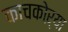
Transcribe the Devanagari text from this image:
काचकोऱ्या